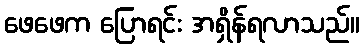
ဖေဖေက ပြောရင်း အရှိန်ရလာသည်။